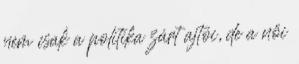
nem csak a politika zárt ajtói, de a női